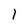
Character: 1